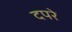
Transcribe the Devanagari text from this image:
दपरे